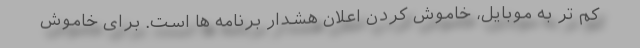
کم تر به موبایل، خاموش کردن اعلان هشدار برنامه ها است. برای خاموش